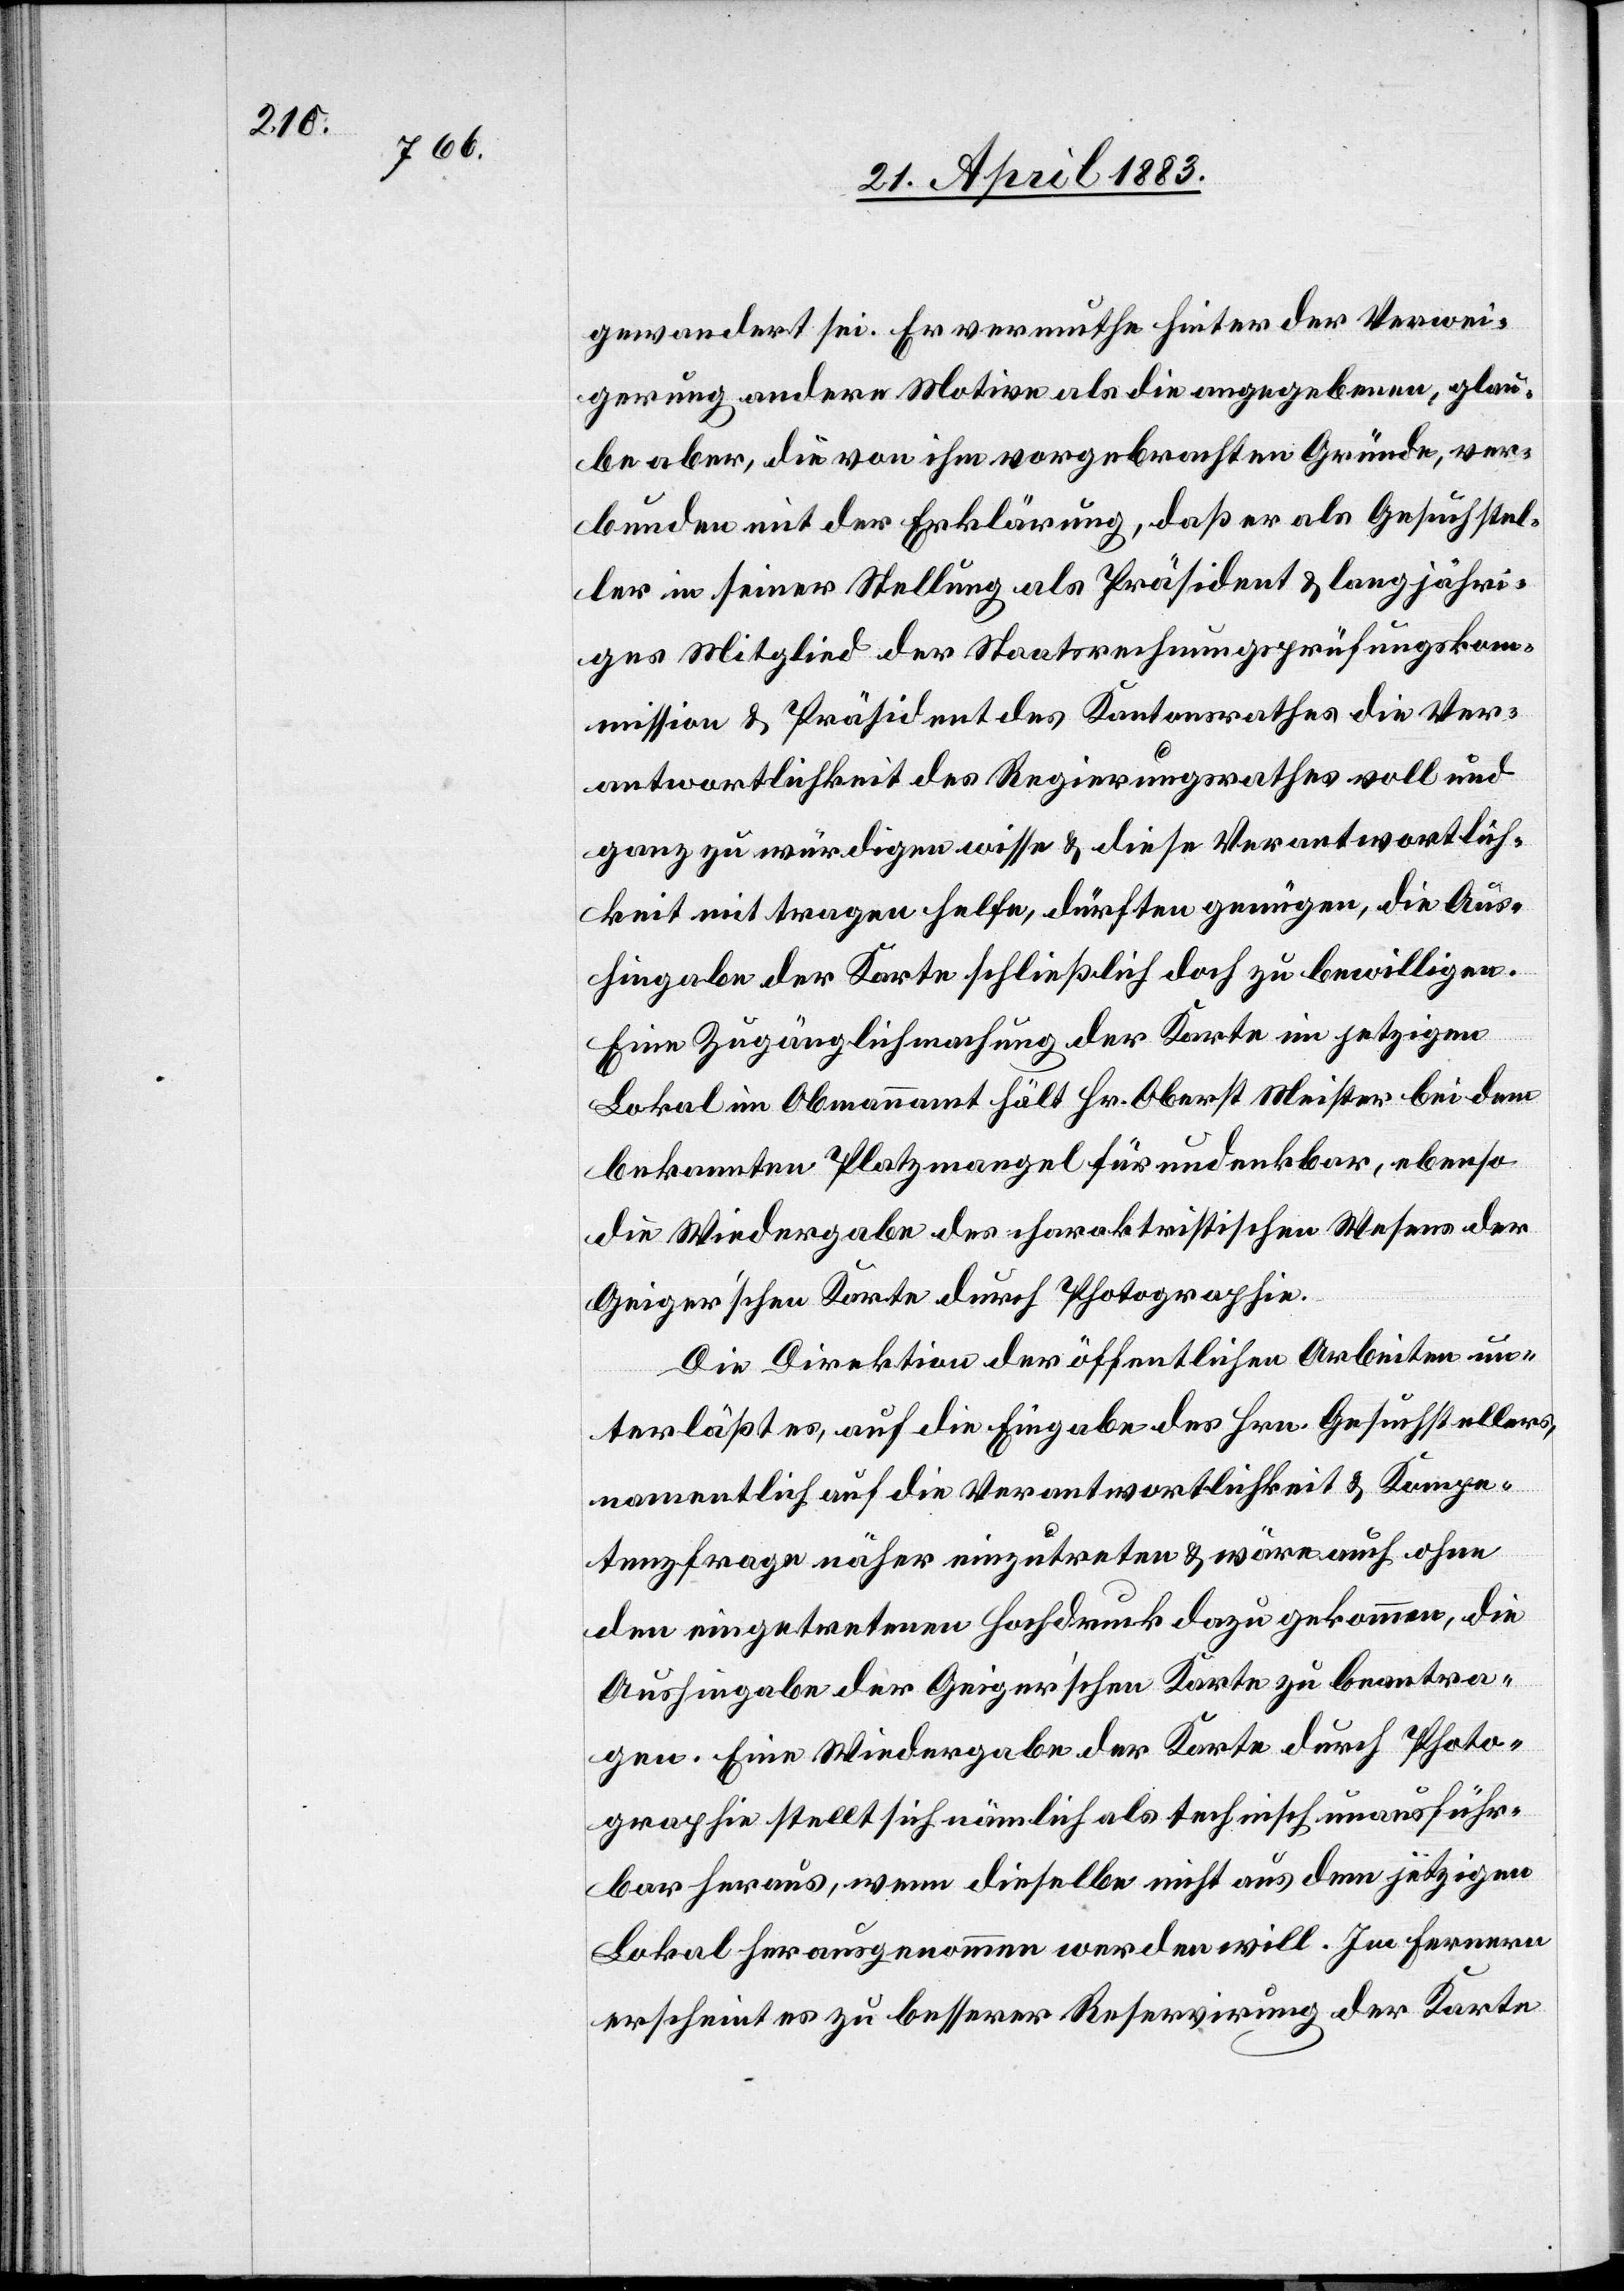
gewandert sei. Er vermuthe hinter der Verwei¬
gerung andere Motive als die angegebenen, glau¬
be aber, die von ihm vorgebrachten Gründe, ver¬
bunden mit der Erklärung, daß er als Gesuchstel¬
ler in seiner Stellung als Präsident & langjähri¬
ges Mitglied der Staatsrechnungsprüfungskom¬
mission & Präsident des Kantonsrathes die Ver¬
antwortlichkeit des Regierungsrathes voll und
ganz zu würdigen wisse & diese Verantwortlich¬
keit mit tragen helfe, dürften genügen, die Aus¬
hingabe der Karte schließlich doch zu bewilligen.
Eine Zugänglichmachung der Karte im jetzigen
Lokal im Obmannamt hält Hr. Oberst Meister bei dem
bekannten Platzmangel für undenkbar, ebenso
die Wiedergabe des charakteristischen Wesens der
Geiger’schen Karte durch Photographie.
Die Direktion der öffentlichen Arbeiten un¬
terlässt es, auf die Eingabe des Hrn. Gesuchstellers,
namentlich auf die Verantwortlichkeit & Kompe¬
tenzfrage näher einzutreten & wäre auch ohne
den eingetretenen Hochdruck dazu gekommen, die
Aushingabe der Geiger’schen Karte zu beantra¬
gen. Eine Wiedergabe der Karte durch Photo¬
graphie stellt sich nämlich als technisch unausführ¬
bar heraus, wenn dieselbe nicht aus dem jetzigen
Lokal herausgenommen werden will. Im Ferneren
erscheint es zu besserer Reservirung der Karte